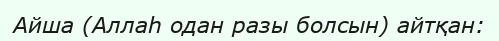
Айша (Аллаһ одан разы болсын) айтқан: